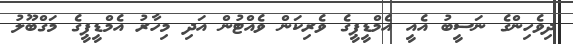
ދިވެހިންގެ ނަސީބު އެއީ އެމްޑީޕީގެ ވެރިކަން ވެއްޓުން އަދި މިހާރު އެމްޑީޕީގެ މަގްބޫލު